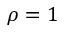
\rho = 1